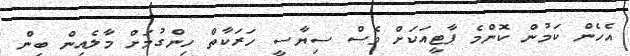
އެހެން ކަމުން ކޮންމެ ޕާޓީއަކަށް ވެސް ސިޔާސީ ހަރަކާތް ހިންގުމަށް މާލެއިން ބިން